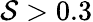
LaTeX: \mathcal{S}>0.3